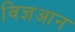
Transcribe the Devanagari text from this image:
विज्ञआन